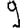
Digit: 9